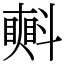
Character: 㪺